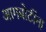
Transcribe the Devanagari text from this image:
आगबोटींना